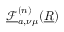
\underline { { \mathcal { F } } } _ { a , \nu \mu } ^ { ( n ) } ( \underline { { R } } )